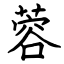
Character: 蓉